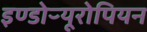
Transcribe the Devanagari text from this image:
इण्डोऱ्यूरोपियन